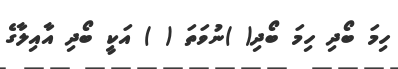
ހިމަ ބޯދި ހިމަ ބޯދި( )ނުވަތަ ( ) އަކީ ބޯދި އާއިލާގެ